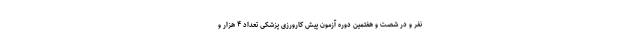
نفر و در شصت و هفتمین دوره آزمون پیش کارورزی پزشکی تعداد ۴ هزار و